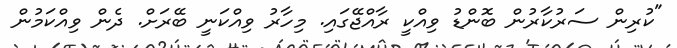
"ކުރިން ސަރުކާރުން ބޮންޑު ވިއްކީ ރާއްޖޭގައި. މިހާރު ވިއްކަނީ ބޭރަށް. ދެން ވިއްކަމުން